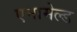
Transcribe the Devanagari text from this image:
एनामेल्ड